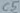
Text: C5